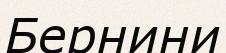
Бернини